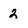
Character: 2